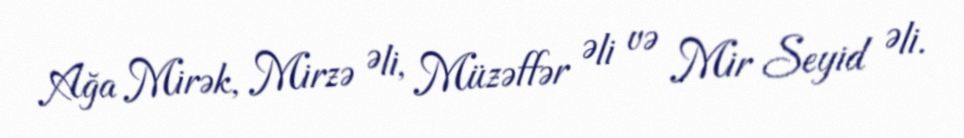
Ağa Mirək, Mirzə Əli, Müzəffər Əli və Mir Seyid Əli.